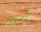
أعتقد